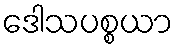
ဒေါသပစ္စယာ